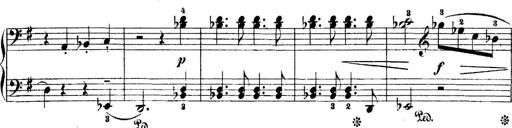
Title: 5 Sonatinas
Composer: Theodor Kirchner